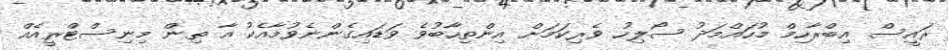
ރައީސް އިބްރާހިމް މުހައްމަދު ސޯލިހު ވެރިކަމަށް އިންތިހާބުވެ ވަޑައިގެންނެވުމާއެކު އާ ތިން މިނިސްޓްރީއެއް